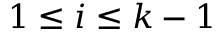
1 \le i \le k - 1